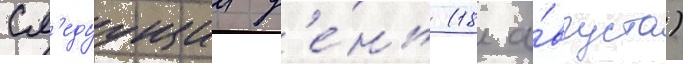
сл'едуущии д'е́нь (18 а́вгуста)